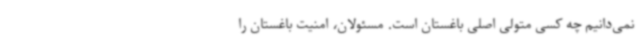
نمی‌دانیم چه کسی متولی اصلی باغستان است. مسئولان، امنیت باغستان را